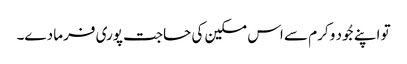
تو اپنے جُود و کرم سے اس مسکین کی حاجت پوری فرما دے۔